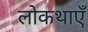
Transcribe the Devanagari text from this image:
लोकथाएँ